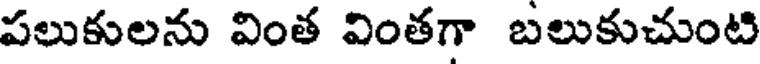
పలుకులను వింత వింతగా బలుకుచుంటి